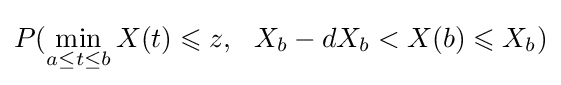
P(\min _{a\leq t\leq b}X(t)\leqslant z,\ \ X_{b}-dX_{b}<X(b)\leqslant X_{b})